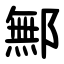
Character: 鄦